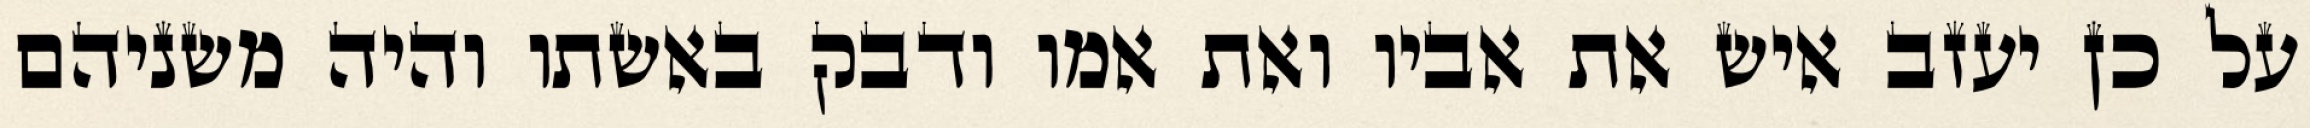
על כן יעזב איש את אביו ואת אמו ודבק באשתו והיה משניהם